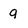
Character: 9